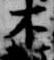
不